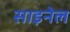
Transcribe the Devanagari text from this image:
साइनेल